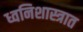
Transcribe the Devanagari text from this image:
ध्वनिशास्त्रात